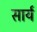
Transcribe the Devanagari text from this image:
सार्य